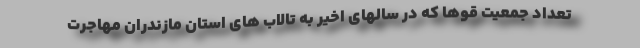
تعداد جمعیت قوها که در سالهای اخیر به تالاب های استان مازندران مهاجرت